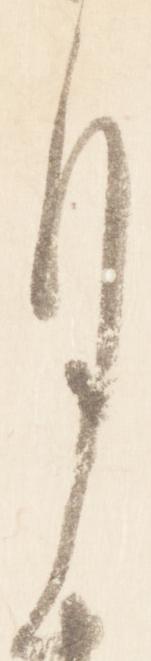
月